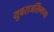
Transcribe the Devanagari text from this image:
युवराजसिंगच्या